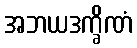
အဘယဒက္ခိဏံ